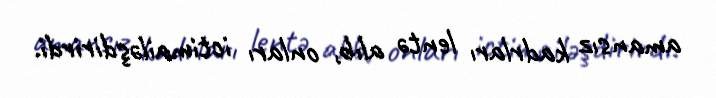
amansız kadrları lentə alıb, onları ictimailəşdirirdi.